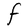
Character: F